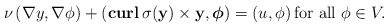
\begin{align*}\nu\left(\nabla y,\nabla \phi\right)+\left( \mathbf{curl}\, \sigma(\mathbf y)\times \mathbf y, \boldsymbol\phi\right)=\left( u, \phi\right) \mbox{for all} \ \phi\in V.\end{align*}